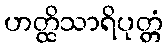
ဟတ္ထိသာရိပုတ္တံ